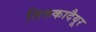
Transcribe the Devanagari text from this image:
तिरुकादैयूर